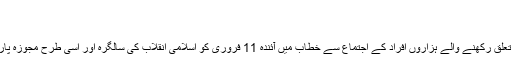
: رہبر انقلاب اسلامی
Feb ۰۵, ۲۰۲۰ ۱۵:۰۰
رہبر انقلاب اسلامی آیت اللہ العظمی خامنہ ای نے مختلف عوامی طبقات سے تعلق رکھنے والے ہزاروں افراد کے اجتماع سے خطاب میں آئندہ 11 فروری کو اسلامی انقلاب کی سالگرہ اور اسی طرح مجوزہ پارلیمانی انتخابات کو عظیم الشان ملت ایران کے دو اہم امتحانات سے تعبیر کیا۔